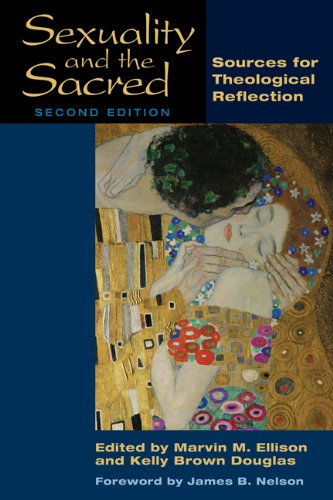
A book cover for Sexuality and the Sacred, Second Edition: Sources for Theological Reflection; Christian Books & Bibles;